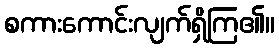
စကားကောင်းလျက်ရှိကြ၏။